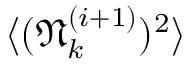
\langle ( \mathfrak { N } _ { k } ^ { ( i + 1 ) } ) ^ { 2 } \rangle